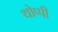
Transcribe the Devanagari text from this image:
थोप्पी